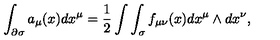
\int _ { \partial \sigma } a _ { \mu } ( x ) d x ^ { \mu } = \frac { 1 } { 2 } \int \int _ { \sigma } f _ { \mu \nu } ( x ) d x ^ { \mu } \wedge d x ^ { \nu } ,